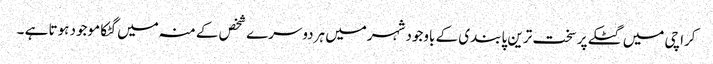
کراچی میں گٹکے پر سخت ترین پابندی کے باوجود شہرمیں ہردوسرے شخص کے منہ میں گٹکا موجود ہوتا ہے ۔